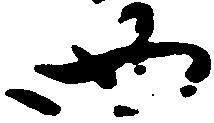
四